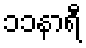
၁၁နာရီ